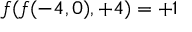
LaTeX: f ( f ( - 4 , 0 ) , + 4 ) = + 1